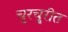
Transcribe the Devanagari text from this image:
चुरचु्रीत